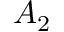
A _ { 2 }